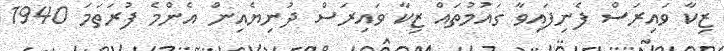
ޒިކާ ވައިރަސް ފެނިފައިވާ ގައުމުތައް ޒިކާ ވައިރަސް ދުނިޔެއިން އެންމެ ފުރަތަމަ 1940